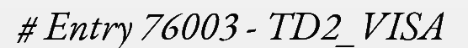
# Entry 76003 - TD2_VISA